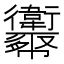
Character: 𢆈